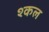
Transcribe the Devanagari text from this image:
श्कल